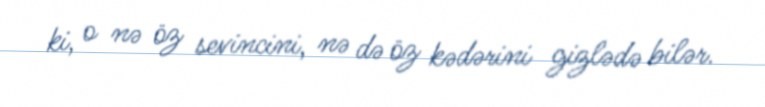
ki, o nə öz sevincini, nə də öz kədərini gizlədə bilər.